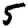
Digit: 5